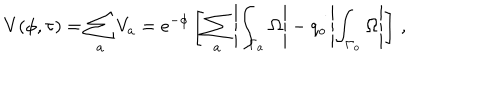
LaTeX: V ( \phi , \tau ) = \sum _ { a } V _ { a } = e ^ { - \phi } \left[ \sum _ { a } \left| \int _ { \Gamma _ { a } } \Omega \right| - q _ { o } \left| \int _ { \Gamma _ { o } } \Omega \right| \right] \, ,